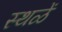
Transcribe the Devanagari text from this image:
स्थळें